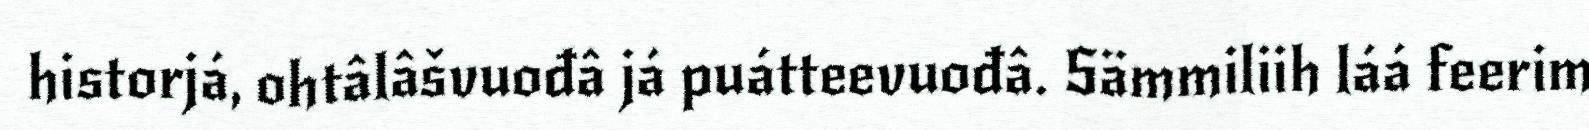
historjá, ohtâlâšvuođâ já puátteevuođâ. Sämmiliih láá feerim